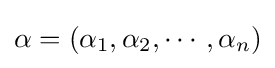
\alpha =(\alpha _{1},\alpha _{2},\cdots ,\alpha _{n})